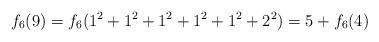
LaTeX: \begin{align*}f_6(9) = f_6(1^2+1^2+1^2+1^2+1^2+2^2) = 5+f_6(4) \end{align*}